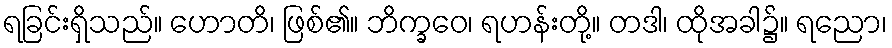
ရခြင်းရှိသည်။ ဟောတိ၊ ဖြစ်၏။ ဘိက္ခဝေ၊ ရဟန်းတို့။ တဒါ၊ ထိုအခါ၌။ ရညော၊